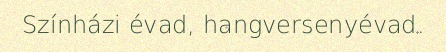
Színházi évad, hangversenyévad.